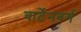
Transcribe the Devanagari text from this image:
वार्टेनबर्ग